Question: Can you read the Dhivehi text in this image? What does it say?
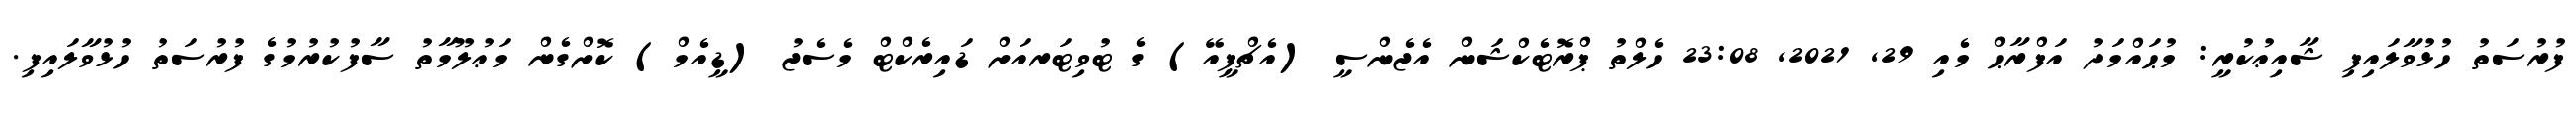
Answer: ފުރުސަތު ހުޅުވާލައިފި ޝާއިޢުކުރީ: މުޙައްމަދު އަފްރާޙް މެއި 29, 2021, 23:08 ހެލްތު ޕްރޮޓެކްޝަން އެޖެންސީ (އެޗްޕީއޭ) ގެ ޓުވިޓަރއަށް ޑައިރެކްޓް މެސެޖު (ޑީއެމް) ކޮށްގެން މަޢުލޫމާތު ސާފުކުރުމުގެ ފުރުސަތު ހުޅުވާލައިފި.